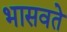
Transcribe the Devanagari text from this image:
भासवते